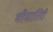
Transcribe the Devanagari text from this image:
भीमातिरीं